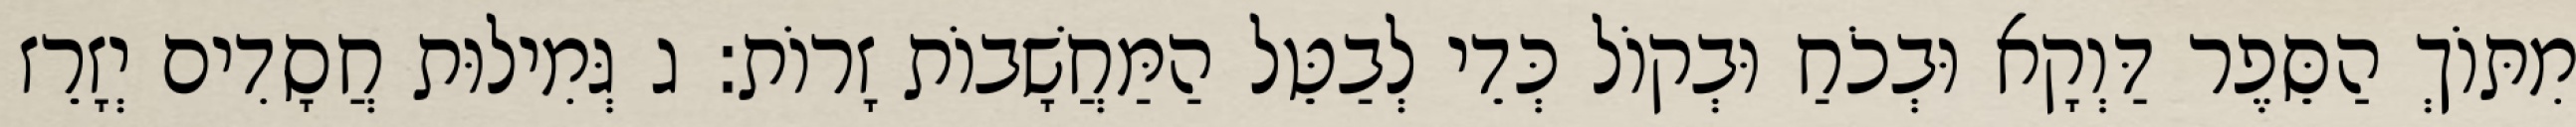
מִתּוֹךְ הַסֵּפֶר דַּוְקָא וּבְכֹחַ וּבְקוֹל כְּדֵי לְבַטֵּל הַמַּחֲשָׁבוֹת זָרוֹת: ג גְּמִילוּת חֲסָדִים יְזָרֵז